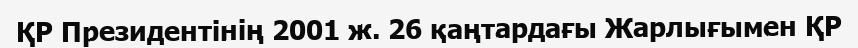
ҚР Президентінің 2001 ж. 26 қаңтардағы Жарлығымен ҚР